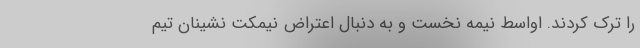
را ترک کردند. اواسط نیمه نخست و به دنبال اعتراض نیمکت نشینان تیم